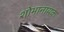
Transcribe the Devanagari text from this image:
शोभानायक